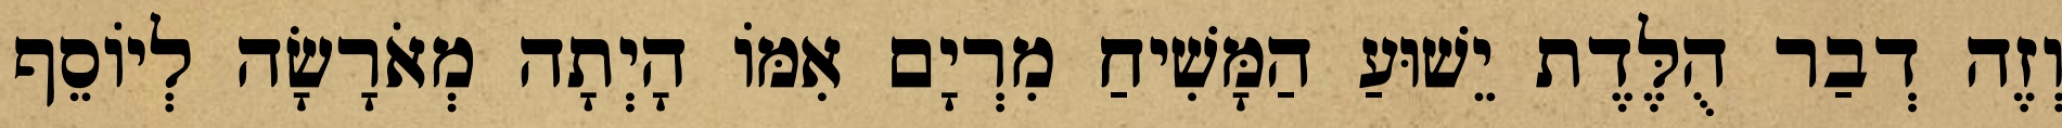
וְזֶה דְבַר הֻלֶּדֶת יֵשׁוּעַ הַמָּשִׁיחַ מִרְיָם אִמּוֹ הָיְתָה מְאֹרָשָׂה לְיוֹסֵף